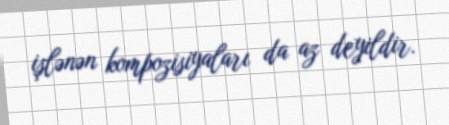
işlənən kompozisiyaları da az deyildir.